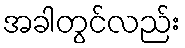
အခါတွင်လည်း